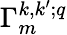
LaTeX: \Gamma_{m}^{k,k^{\prime};q}